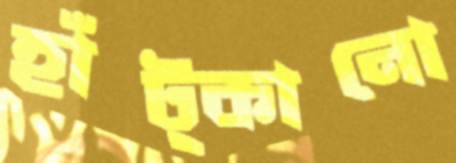
হাঁট্‌কানো